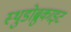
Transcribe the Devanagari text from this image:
स्थुडोब्रुकाइट